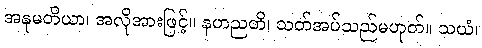
အနုမတိယာ၊ အလိုအားဖြင့်။ နဟညတိ၊ သတ်အပ်သည်မဟုတ်။ သယံ၊